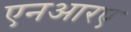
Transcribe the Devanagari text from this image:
एनआरए